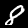
Digit: 8